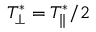
T _ { \perp } ^ { * } = T _ { \| } ^ { * } / 2